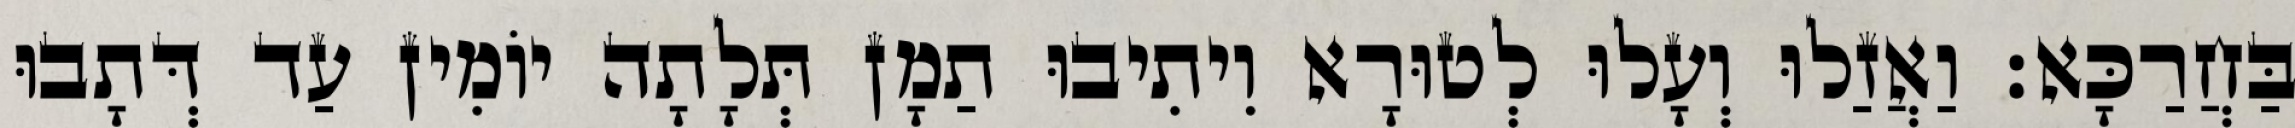
בַּחֲרַכָּא׃ וַאֲזַלוּ וְעָלוּ לְטוּרָא וִיתִיבוּ תַמָן תְּלָתָה יוֹמִין עַד דְּתָבוּ